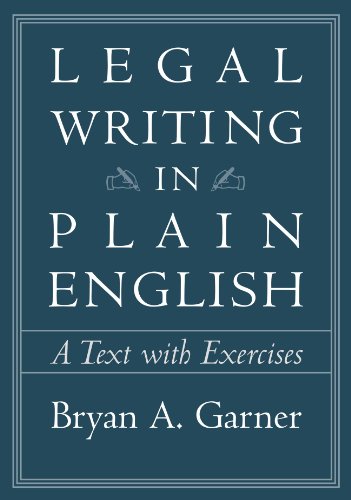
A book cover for Legal Writing in Plain English: A Text With Exercises; Bryan A. Garner; Law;